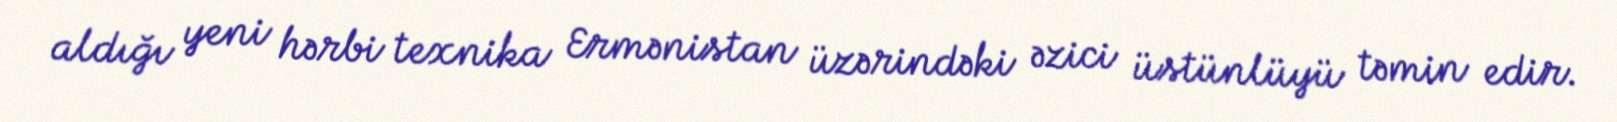
aldığı yeni hərbi texnika Ermənistan üzərindəki əzici üstünlüyü təmin edir.